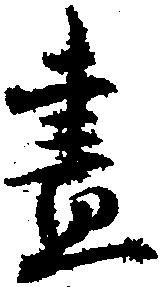
昼